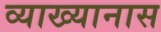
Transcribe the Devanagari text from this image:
व्याख्यानास